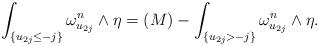
LaTeX: \begin{align*}\int_{\{u_{2j}\leq -j\}}\omega_{u_{2j}}^n\wedge \eta=(M)-\int_{\{u_{2j}>-j\}} \omega_{u_{2j}}^n\wedge \eta.\end{align*}